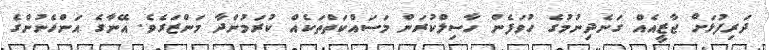
ދަރިފުޅަށް ޖާޒީއެއް ގަނެދިނުމުގެ ހުވަފެން ހާސިލްކުރަން މަސައްކަތްތަކެއް ކުރަމުންދާ މަންޒަރެވެ. އޭނާގެ އަންހެނުންގެ